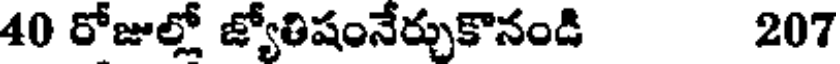
40 రోజుల్లో జ్యోతిషంనేర్చుకొనండి 207